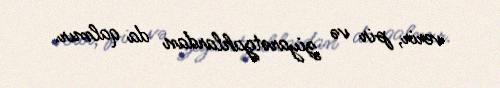
verir, pir və ziyarətgahlardan da qalmır.